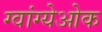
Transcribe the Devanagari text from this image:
ग्वांग्येओक